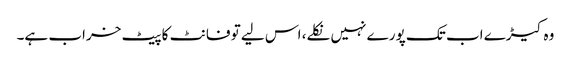
وہ کیڑے اب تک پورے نہیں نکلے، اس لیے تو فانٹ کا پیٹ خراب ہے۔